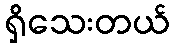
ရှိသေးတယ်